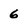
Character: 6